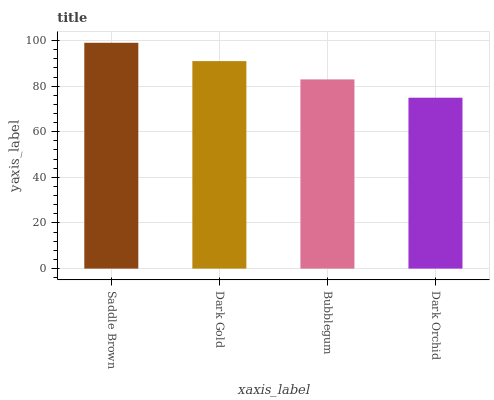
| xaxis_label | bars |
 | --- | --- |
 | Saddle Brown | 99 |
 | Dark Gold | 91 |
 | Bubblegum | 83 |
 | Dark Orchid | 74.9 |